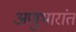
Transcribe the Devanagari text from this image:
अणुभारांत